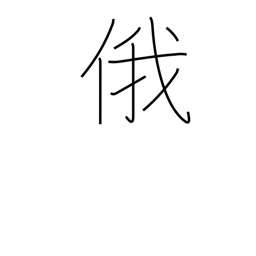
Meaning: abrupt